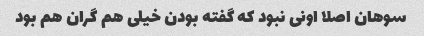
سوهان اصلا اونی نبود که گفته بودن خیلی هم گران هم بود